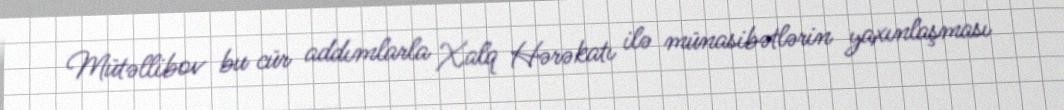
Mütəllibov bu cür addımlarla Xalq Hərəkatı ilə münasibətlərin yaxınlaşması